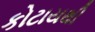
કોટાયથી